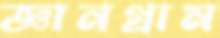
জ্ঞানগ্রাম